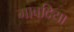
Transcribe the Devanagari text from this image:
गावदिया